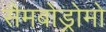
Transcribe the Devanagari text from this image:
सैमबोड्रोमो